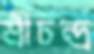
শ্রীচন্দ্র